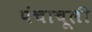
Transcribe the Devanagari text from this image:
पंचाचूली